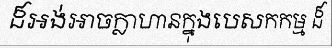
ដ៏អង់អាចក្លាហានក្នុងបេសកកម្ម ដ៏